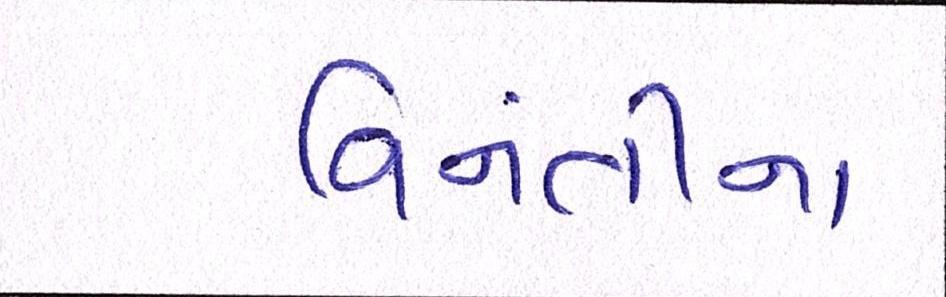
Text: વિનંતીના